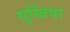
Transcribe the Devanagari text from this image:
सुर्खिया